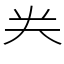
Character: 龹